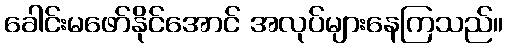
ခေါင်းမဖော်နိုင်အောင် အလုပ်များနေကြသည်။